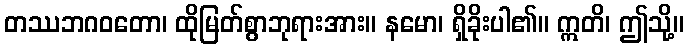
တဿဘဂဝတော၊ ထိုမြတ်စွာဘုရားအား။ နမော၊ ရှိခိုးပါ၏။ ဣတိ၊ ဤသို့။